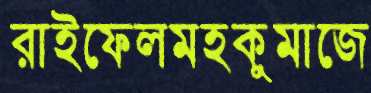
রাইফেলমহকুমাজে